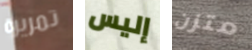
تمريرة إليس متزن